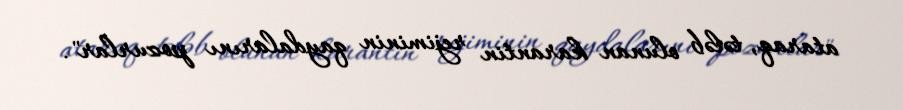
ataraq, tələb olunan karantin rejiminin qaydalarını pozurlar".